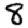
Digit: 8